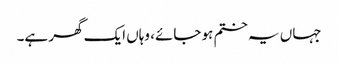
جہاں یہ ختم ہو جائے، وہاں ایک گھر ہے۔